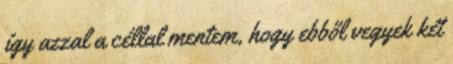
így azzal a céllal mentem, hogy ebből vegyek két